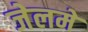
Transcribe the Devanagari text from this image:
जेलमें